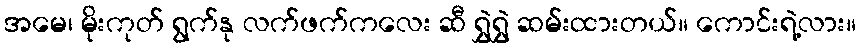
အမေ၊ မိုးကုတ် ရွက်နု လက်ဖက်ကလေး ဆီ ရွှဲရွှဲ ဆမ်းထားတယ်။ ကောင်းရဲ့လား။